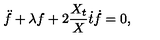
\ddot { f } + \lambda f + 2 \frac { X _ { t } } { X } \dot { t } \dot { f } = 0 ,